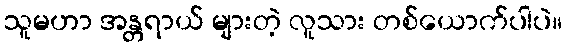
သူမဟာ အန္တရာယ် များတဲ့ လူသား တစ်ယောက်ပါပဲ။